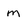
Character: m